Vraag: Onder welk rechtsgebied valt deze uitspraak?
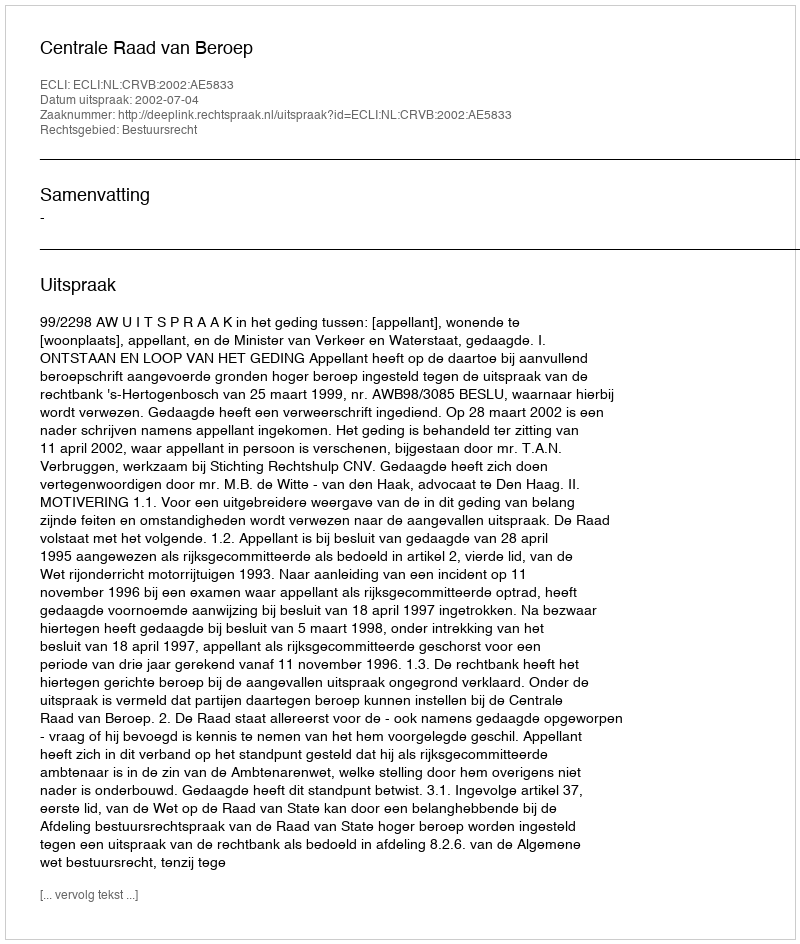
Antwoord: Bestuursrecht